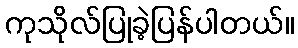
ကုသိုလ်ပြုခဲ့ပြန်ပါတယ်။